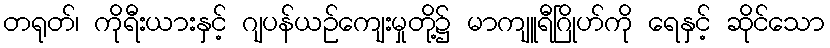
တရုတ်၊ ကိုရီးယားနှင့် ဂျပန်ယဉ်ကျေးမှုတို့၌ မာကျူရီဂြိုဟ်ကို ရေနှင့် ဆိုင်သော